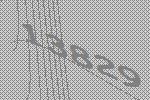
13829